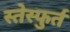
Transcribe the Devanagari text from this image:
स्तेस्फुर्त